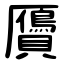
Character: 贗